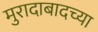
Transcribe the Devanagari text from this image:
मुरादाबादच्या